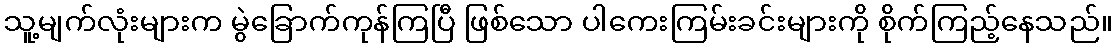
သူ့မျက်လုံးများက မွဲခြောက်ကုန်ကြပြီ ဖြစ်သော ပါကေးကြမ်းခင်းများကို စိုက်ကြည့်နေသည်။